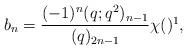
LaTeX: \begin{align*} b_n = \frac{(-1)^n(q;q^2)_{n-1}}{(q)_{2n-1}} \chi() \footnote{As usual, $\chi(X) = 1$ if $X$ is true and $0$ if $X$ is false.},\end{align*}